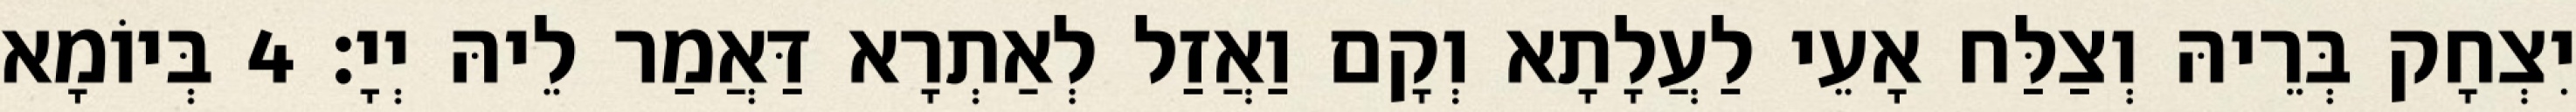
יִצְחָק בְּרֵיהּ וְצַלַּח אָעֵי לַעֲלָתָא וְקָם וַאֲזַל לְאַתְרָא דַּאֲמַר לֵיהּ יְיָ׃ 4 בְּיוֹמָא